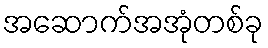
အဆောက်အအုံတစ်ခု